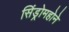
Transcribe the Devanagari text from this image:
सिंड्रोमहोने